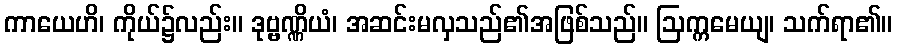
ကာယေဟိ၊ ကိုယ်၌လည်း။ ဒုဗ္ဗဏ္ဏိယံ၊ အဆင်းမလှသည်၏အဖြစ်သည်။ ဩက္ကမေယျ၊ သက်ရာ၏။